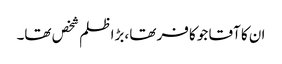
ان کا آقا جو کافر تھا ،بڑا ظلم شخص تھا۔